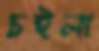
চইলা